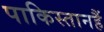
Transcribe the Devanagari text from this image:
पाकिस्तानहैं